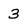
Character: 3